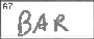
Transcription: BAR